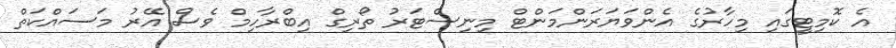
އެ ކޮމިޓީގައި މިހާރުގެ އެންވަޔަރަންމަންޓް މިނިސްޓަރު ތޯރިގް އިބްރާހިމް ވެސް އޭރު މަސައްކަތް